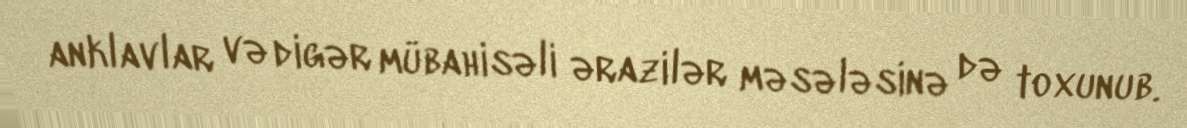
anklavlar və digər mübahisəli ərazilər məsələsinə də toxunub.